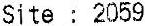
SITE : 2059